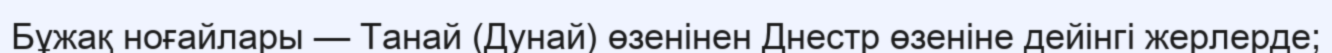
Бұжақ ноғайлары — Танай (Дунай) өзенінен Днестр өзеніне дейінгі жерлерде;